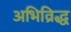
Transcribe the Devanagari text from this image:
अभिव्रिद्ध